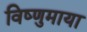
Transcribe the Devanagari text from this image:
विष्णुमाया